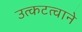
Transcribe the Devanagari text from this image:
उत्कटत्वाने